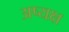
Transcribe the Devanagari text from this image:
अष्यक्ष